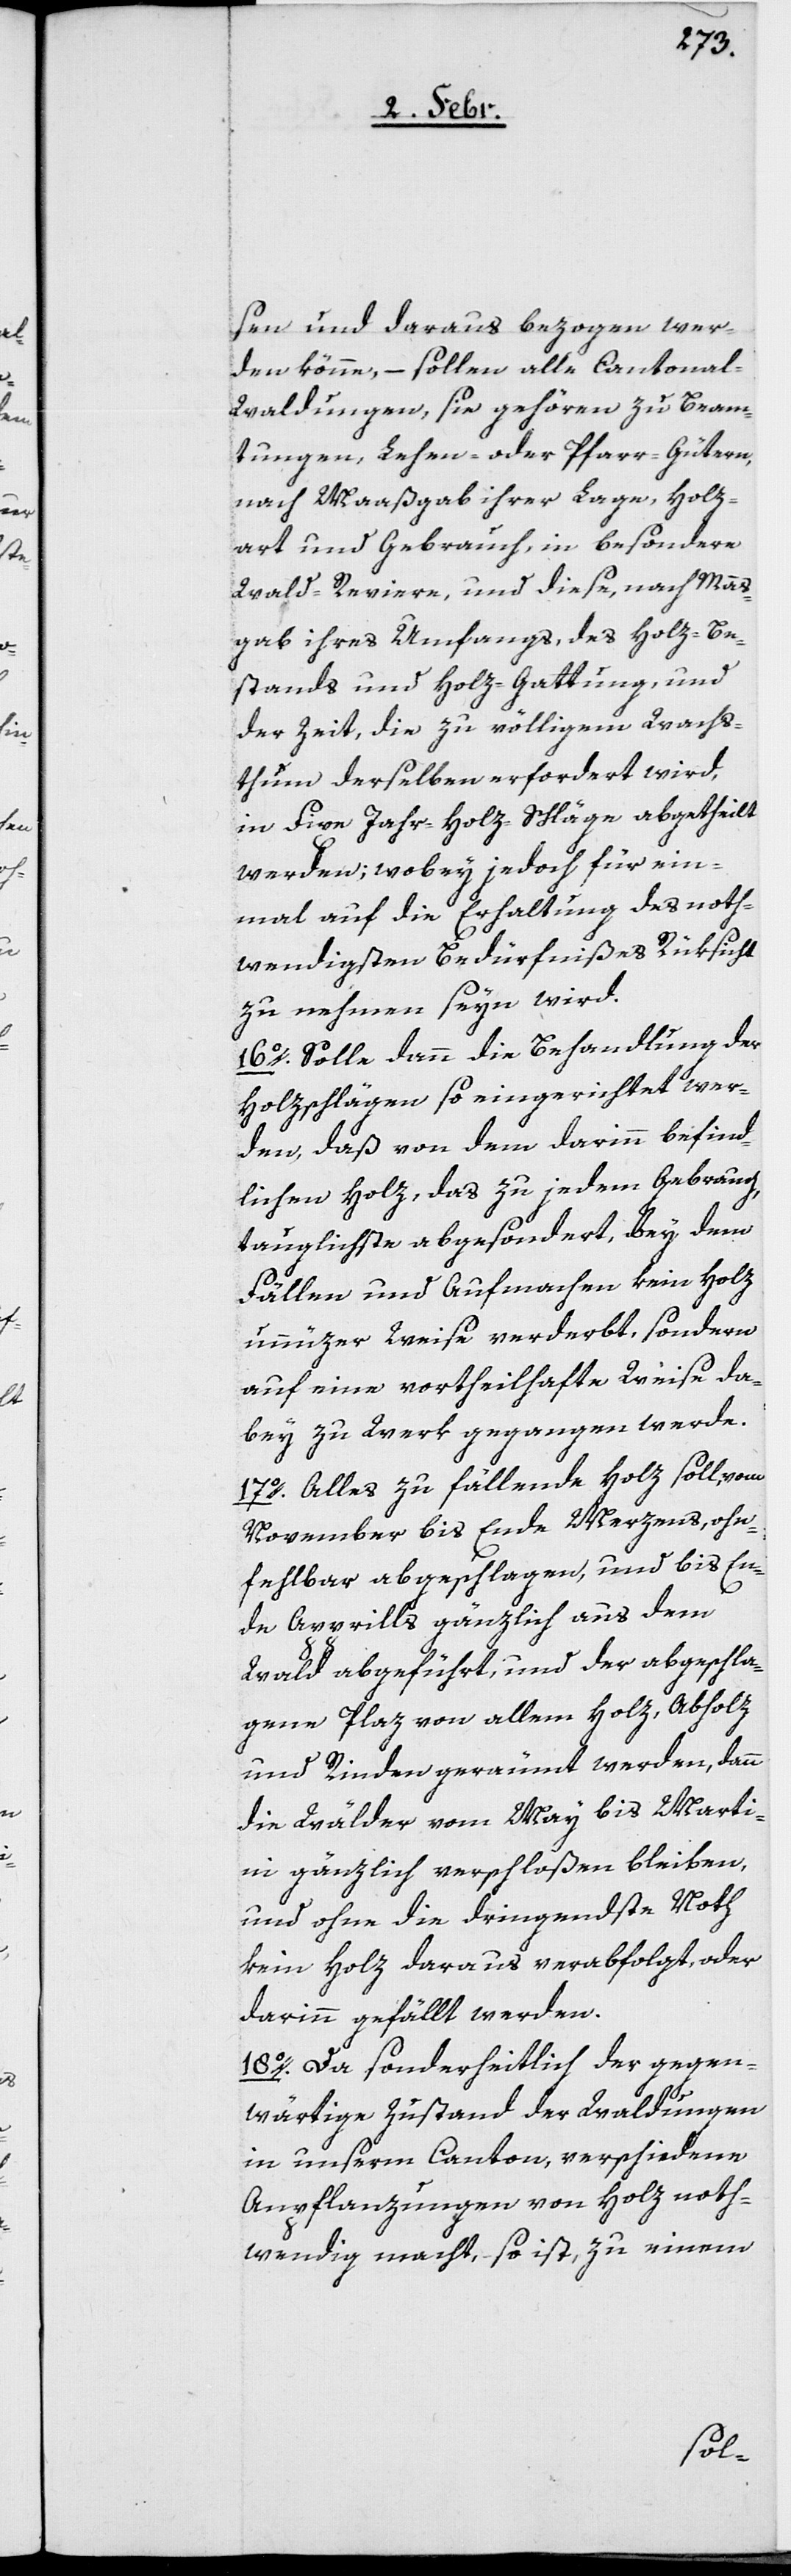
sen und daraus bezogen wer¬
den könne, – sollen alle Cantonal-W¬
aldungen, sie gehören zu Beam¬
tungen, Lehen- oder Pfarr-Gütern,
nach Maaßgab ihrer Lage, Holz¬
art und Gebrauch, in besondere
Wald-Reviere, und diese, nach Maß¬
gab ihres Umfangs, des Holz-Be¬
stands und Holz-Gattung, und
der Zeit, die zu völligem Wachs¬
thum derselben erfordert wird,
in Fixe Jahr-Holz-Schläge abgetheilt
werden; wobey jedoch für ein¬
mal auf die Erhaltung des noth¬
wendigsten Bedürfnißes Rücksicht
zu nehmen seyn wird.
16o. Solle dann die Behandlung der
Holzschlägen so eingerichtet wer¬
den, daß von dem darinn befind¬
lichen Holz, das zu jedem Gebrauch,
tauglichste abgesondert, bey dem
Fällen und Aufmachen kein Holz
unnüzer Weise verderbt, sondern
auf eine vortheilhafte Weise da¬
bey zu Werk gegangen werde.
17o. Alles zu fällende Holz soll, vom
November bis Ende Merzens, ohn¬
fehlbar abgeschlagen, und bis En¬
de Apprills gänzlich aus dem
Wald abgeführt, und der abgeschla¬
gene Plaz von allem Holz, Abholz
und Rinden geräumt werden, dann
die Wälder vom May bis Marti¬
ni gänzlich verschloßen bleiben,
und ohne die dringendste Noth
kein Holz daraus verabfolgt, oder
darinn gefällt werden.
18o. Da sonderheitlich der gegen¬
wärtige Zustand der Waldungen
in unserm Canton, verschiedene
Anpflanzungen von Holz noth¬
wendig macht, – so ist, zu einem